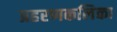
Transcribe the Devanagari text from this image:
प्रहरणकलिका